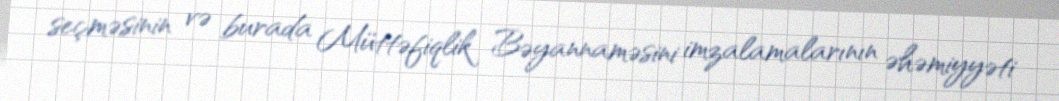
seçməsinin və burada Müttəfiqlik Bəyannaməsini imzalamalarının əhəmiyyəti